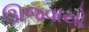
ઊજવાયો